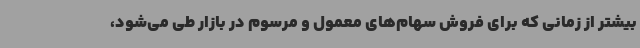
بیشتر از زمانی که برای فروش سهام‌های معمول و مرسوم در بازار طی می‌شود،